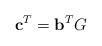
LaTeX: \begin{align*}\mathbf{c}^T = \mathbf{b}^T G\end{align*}